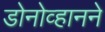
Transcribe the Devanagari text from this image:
डोनोव्हानने